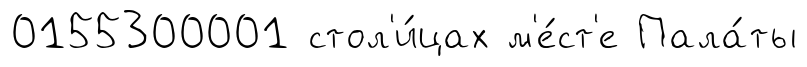
0155300001 стол'и́цах м'е́ст'е Пала́ты